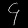
Digit: ၄